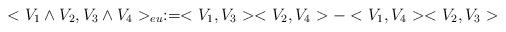
LaTeX: \begin{align*}<V_1\wedge V_2, V_3\wedge V_4>_{eu}:=<V_1,V_3><V_2,V_4>-<V_1,V_4><V_2,V_3>\end{align*}